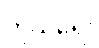
ကိုယ်ရေး